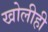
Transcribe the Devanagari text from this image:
खोलीही